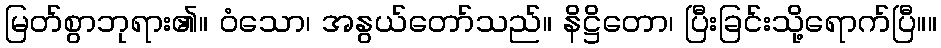
မြတ်စွာဘုရား၏။ ဝံသော၊ အနွယ်တော်သည်။ နိဋ္ဌိတော၊ ပြီးခြင်းသို့ရောက်ပြီ။။